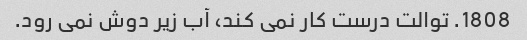
1808. توالت درست کار نمی کند، آب زیر دوش نمی رود.